Lunatic asylums United Provinces 1909-1921 - 1909-1921
Year: 1909
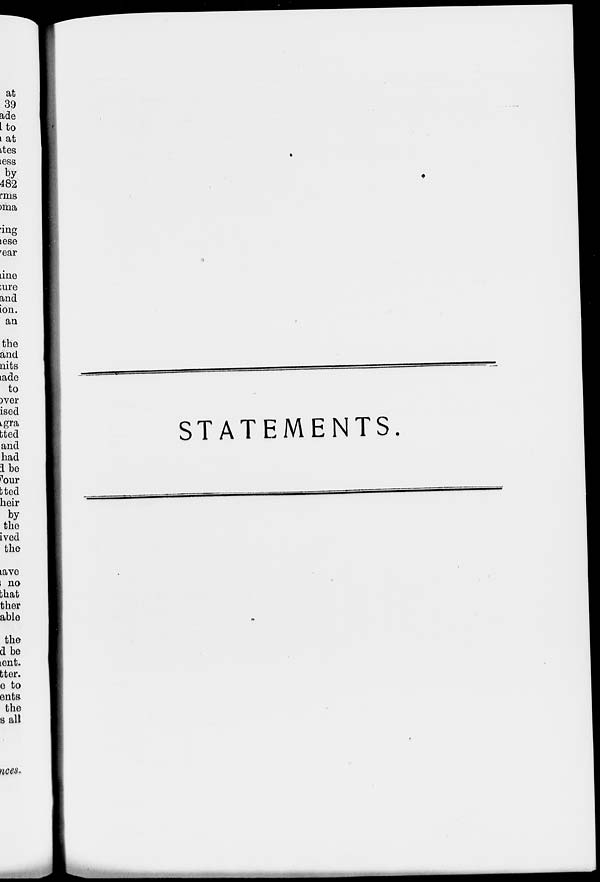
CO
02
© O
P P-
So 93 O
S5&
e-t- c+- O P
O Q
cr c - Ef
et- <3 el"
^1 r— |_1 M CT" r" —. v_^
P
ffi 5 P 3
tx? © t=-o- O-oHtrPPo^o^pj^Pp- £ a g
crq a? <j
p P P «rf
p
© *S ci- O ©
O&O^^&IOPP&PPJI^OOWP-O
PJ © ©
CD ©
P 02
£»
P
P
P £ OO-Cr'B © P e* OJ CO p
P 02 fcO*< 02 02 rt» O © CD ct